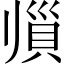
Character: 𲂫